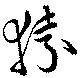
猿